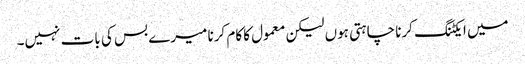
میں ایکٹنگ کرنا چاہتی ہوں لیکن معمول کا کام کرنا میرے بس کی بات نہیں۔